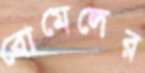
বোমেলের